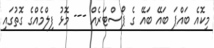
މިކޮއެ ބައްޕަ ބައޭ ބައޭ ގެ ޕޯސްޓަރެއް --- މޮޅު ފިލްމެއްގެ ގޮތުގައި